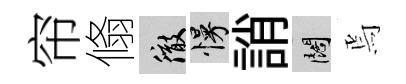
帘翛徹慢誚闊焉